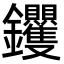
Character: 𮣰